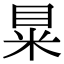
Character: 𥅼